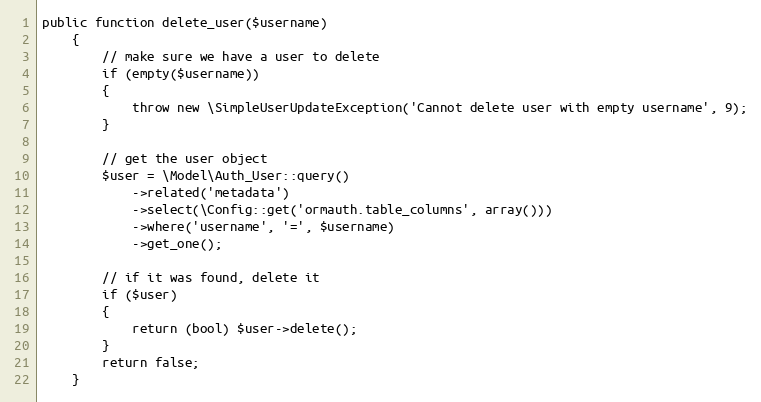
Language: PHP
public function delete_user($username)
	{
		// make sure we have a user to delete
		if (empty($username))
		{
			throw new \SimpleUserUpdateException('Cannot delete user with empty username', 9);
		}

		// get the user object
		$user = \Model\Auth_User::query()
			->related('metadata')
			->select(\Config::get('ormauth.table_columns', array()))
			->where('username', '=', $username)
			->get_one();

		// if it was found, delete it
		if ($user)
		{
			return (bool) $user->delete();
		}
		return false;
	}